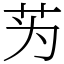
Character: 𫇭